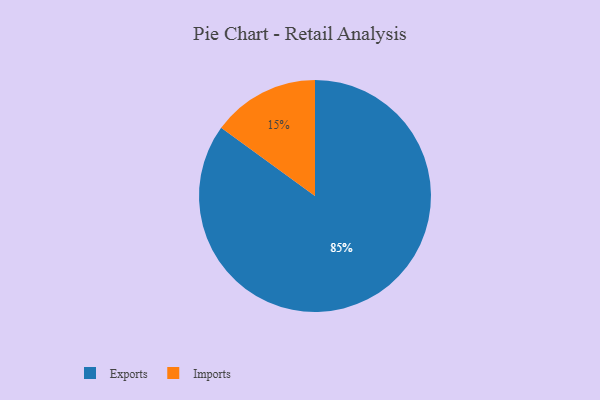
{"axis": {"x": "Category", "y": "Percentage"}, "legend": ["Exports", "Imports"], "data": [{"x": "Imports", "y": 15, "type": "Imports"}, {"x": "Exports", "y": 85, "type": "Exports"}]}